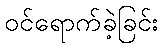
ဝင်ရောက်ခဲ့ခြင်း